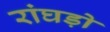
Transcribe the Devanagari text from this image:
रांघड़ो